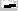
Text: -